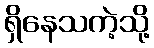
ရှိနေသကဲ့သို့